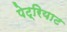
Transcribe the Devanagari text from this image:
पेट्रियाट